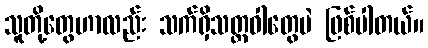
သူတို့တွေဟာလည်း သက်ရှိသတ္တဝါတွေပဲ ဖြစ်ပါတယ်။